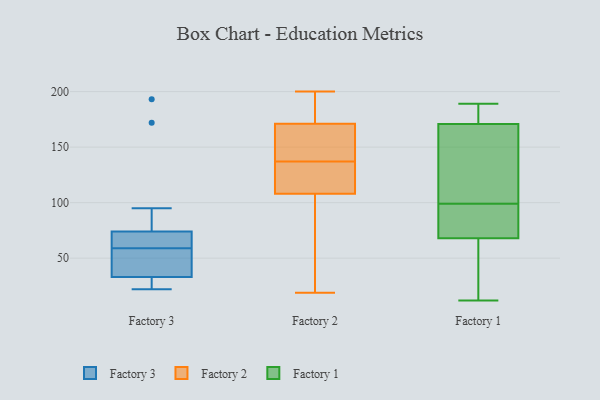
{"axis": {"x": "Conversion Rate (%)", "y": "Value"}, "legend": ["Factory 1", "Factory 2", "Factory 3"], "data": [{"x": "", "y": 66, "type": "Factory 3"}, {"x": "", "y": 72, "type": "Factory 3"}, {"x": "", "y": 74, "type": "Factory 3"}, {"x": "", "y": 30, "type": "Factory 3"}, {"x": "", "y": 95, "type": "Factory 3"}, {"x": "", "y": 22, "type": "Factory 3"}, {"x": "", "y": 172, "type": "Factory 3"}, {"x": "", "y": 36, "type": "Factory 3"}, {"x": "", "y": 193, "type": "Factory 3"}, {"x": "", "y": 72, "type": "Factory 3"}, {"x": "", "y": 33, "type": "Factory 3"}, {"x": "", "y": 52, "type": "Factory 3"}, {"x": "", "y": 43, "type": "Factory 3"}, {"x": "", "y": 29, "type": "Factory 3"}, {"x": "", "y": 125, "type": "Factory 2"}, {"x": "", "y": 150, "type": "Factory 2"}, {"x": "", "y": 178, "type": "Factory 2"}, {"x": "", "y": 164, "type": "Factory 2"}, {"x": "", "y": 162, "type": "Factory 2"}, {"x": "", "y": 106, "type": "Factory 2"}, {"x": "", "y": 121, "type": "Factory 2"}, {"x": "", "y": 110, "type": "Factory 2"}, {"x": "", "y": 98, "type": "Factory 2"}, {"x": "", "y": 136, "type": "Factory 2"}, {"x": "", "y": 19, "type": "Factory 2"}, {"x": "", "y": 103, "type": "Factory 2"}, {"x": "", "y": 194, "type": "Factory 2"}, {"x": "", "y": 183, "type": "Factory 2"}, {"x": "", "y": 138, "type": "Factory 2"}, {"x": "", "y": 200, "type": "Factory 2"}, {"x": "", "y": 84, "type": "Factory 1"}, {"x": "", "y": 12, "type": "Factory 1"}, {"x": "", "y": 189, "type": "Factory 1"}, {"x": "", "y": 12, "type": "Factory 1"}, {"x": "", "y": 104, "type": "Factory 1"}, {"x": "", "y": 182, "type": "Factory 1"}, {"x": "", "y": 99, "type": "Factory 1"}, {"x": "", "y": 182, "type": "Factory 1"}, {"x": "", "y": 139, "type": "Factory 1"}, {"x": "", "y": 47, "type": "Factory 1"}, {"x": "", "y": 167, "type": "Factory 1"}, {"x": "", "y": 74, "type": "Factory 1"}, {"x": "", "y": 182, "type": "Factory 1"}, {"x": "", "y": 50, "type": "Factory 1"}, {"x": "", "y": 86, "type": "Factory 1"}, {"x": "", "y": 93, "type": "Factory 1"}, {"x": "", "y": 123, "type": "Factory 1"}]}